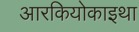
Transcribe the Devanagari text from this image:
आरकियोकाइथा